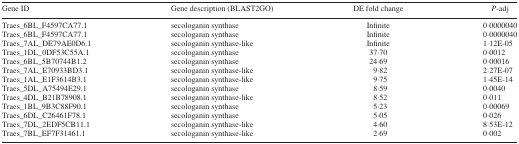
<table><thead><tr><td><b>Gene ID</b></td><td><b>Gene description (BLAST2GO)</b></td><td><b>DE fold change</b></td><td><b><i>P</i>-adj</b></td></tr></thead><tbody><tr><td>Traes_6BL_F4597CA77.1</td><td>secologanin synthase</td><td>Infinite</td><td>0·0000040</td></tr><tr><td>Traes_6BL_F4597CA77.1</td><td>secologanin synthase</td><td>Infinite</td><td>0·0000040</td></tr><tr><td>Traes_7AL_DE79AE0D6.1</td><td>secologanin synthase-like</td><td>Infinite</td><td>1·12E-05</td></tr><tr><td>Traes_1DL_0DF53C55A.1</td><td>secologanin synthase</td><td>37·70</td><td>0·0012</td></tr><tr><td>Traes_6BL_5B70744B1.2</td><td>secologanin synthase</td><td>24·69</td><td>0·00016</td></tr><tr><td>Traes_7AL_E70933BD3.1</td><td>secologanin synthase-like</td><td>9·82</td><td>2·27E-07</td></tr><tr><td>Traes_1AL_E1F3614B3.1</td><td>secologanin synthase-like</td><td>9·75</td><td>1·45E-14</td></tr><tr><td>Traes_5DL_A75494E29.1</td><td>secologanin synthase</td><td>8·59</td><td>0·0040</td></tr><tr><td>Traes_4DL_B21B78908.1</td><td>secologanin synthase-like</td><td>8·52</td><td>0·011</td></tr><tr><td>Traes_1BL_9B3C88F90.1</td><td>secologanin synthase</td><td>5·23</td><td>0·00069</td></tr><tr><td>Traes_6DL_C26461F78.1</td><td>secologanin synthase</td><td>5·05</td><td>0·026</td></tr><tr><td>Traes_7DL_2EDF5CB11.1</td><td>secologanin synthase-like</td><td>4·60</td><td>8·53E-12</td></tr><tr><td>Traes_7BL_EF7F31461.1</td><td>secologanin synthase-like</td><td>2·69</td><td>0·002</td></tr></tbody></table>